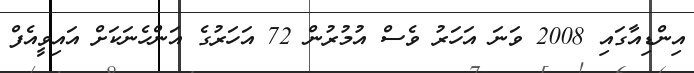
އިންޑިއާގައި 2008 ވަނަ އަހަރު ވެސް އުމުރުން 72 އަހަރުގެ އަންހެނަކަށް އައިވީއެފް